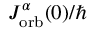
J _ { \mathrm { o r b } } ^ { \alpha } ( 0 ) / \hbar